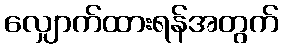
လျှောက်ထားရန်အတွက်